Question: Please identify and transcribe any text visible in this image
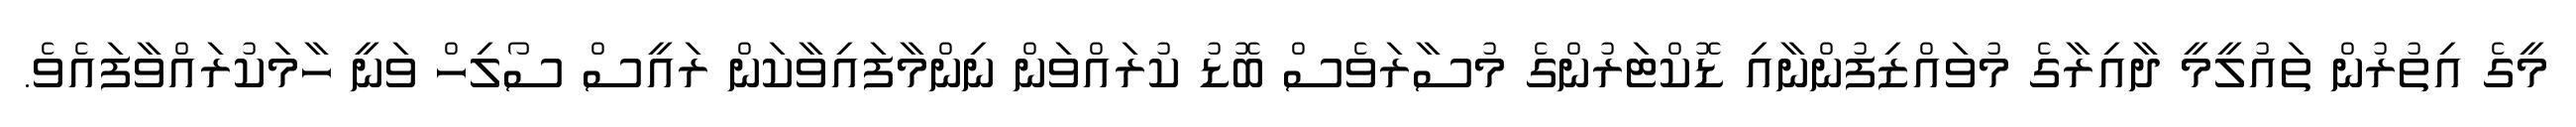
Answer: މީގެ އިތުރުން ތައުލީމީ ދާއިރާގެ މުވައްޒިފުންނާއި ޑޮކްޓަރުންގެ މުސާރަވެސް ބޮޑު ކުރައްވަން ނިންމާފައިވާކަން ރައީސް ސޯލިހް ވަނީ ހާމަކުރައްވާފައެވެ.